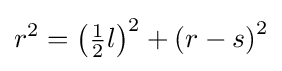
r^{2}=\left({\tfrac {1}{2}}l\right)^{2}+\left(r-s\right)^{2}